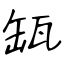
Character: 缻